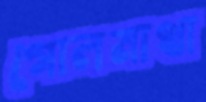
গোলমাথা